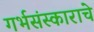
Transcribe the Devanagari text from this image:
गर्भसंस्काराचे